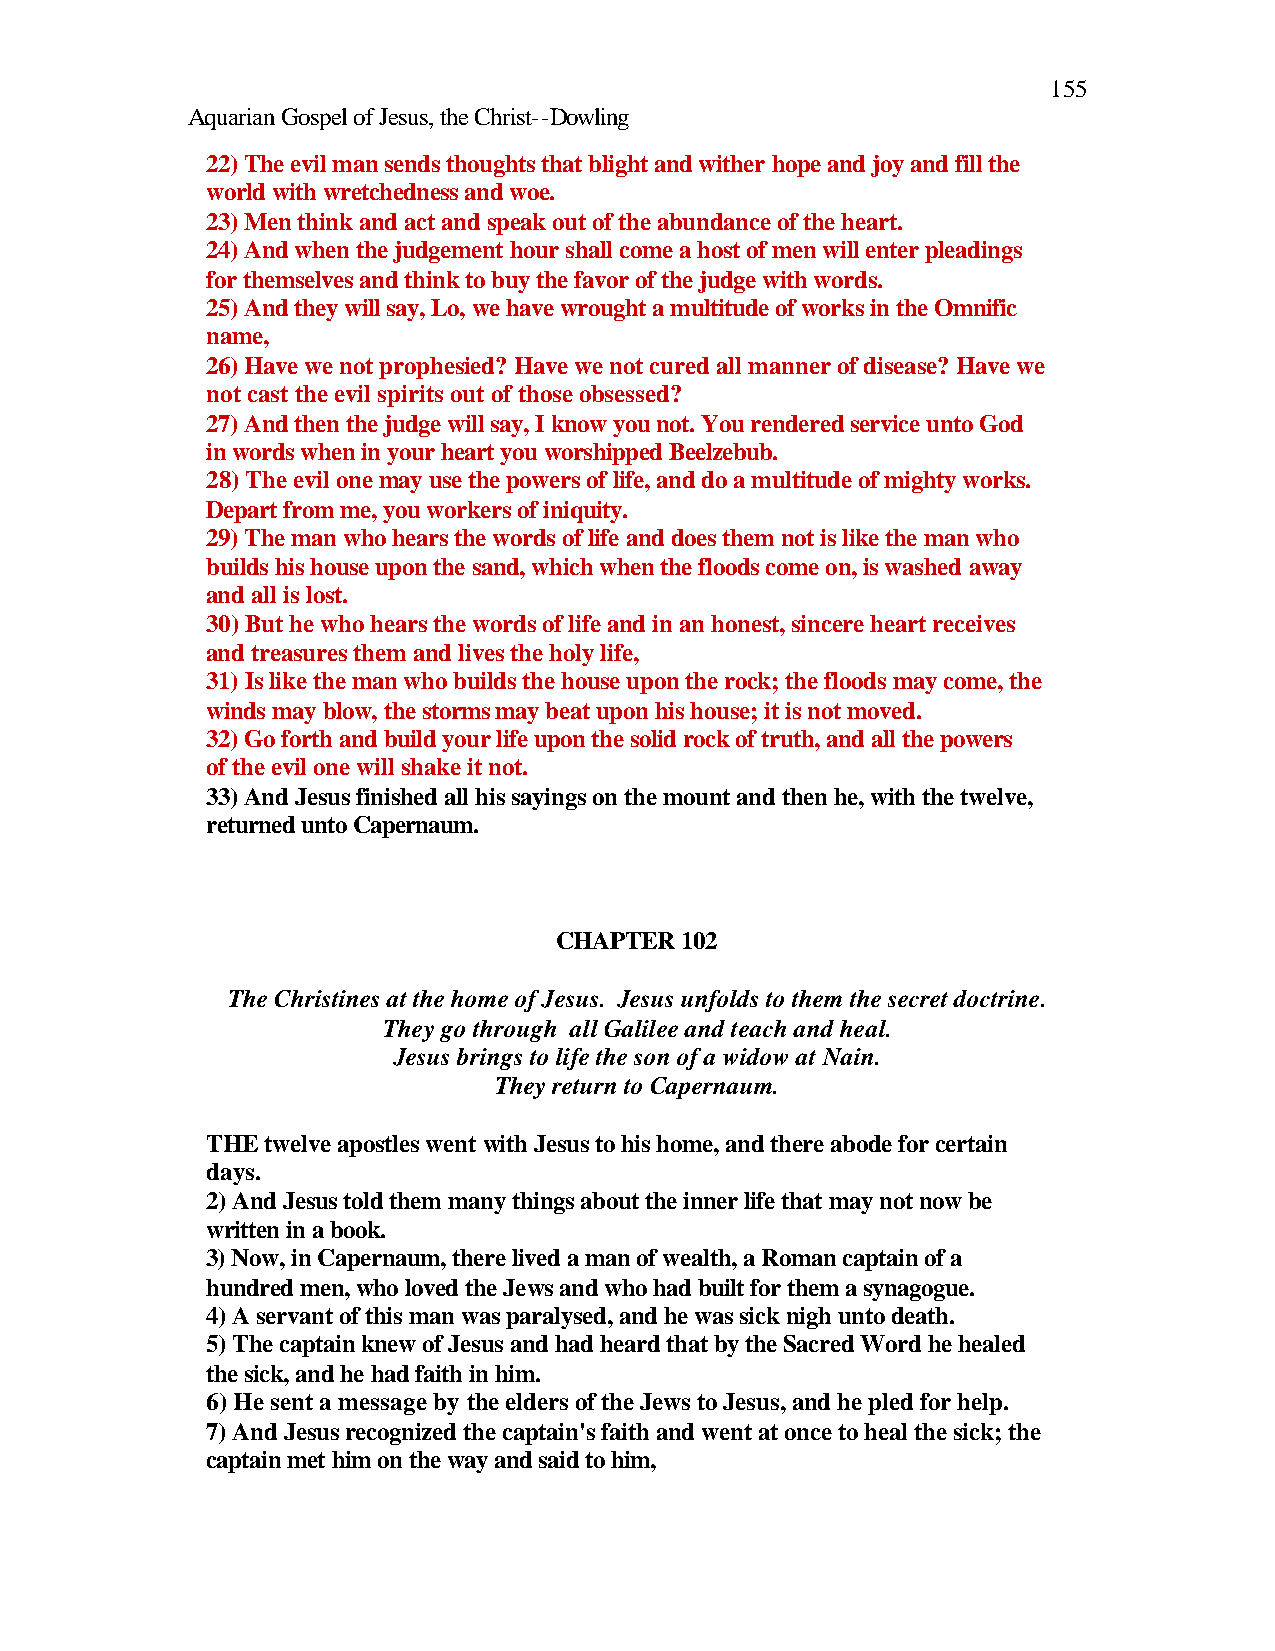
155
 Aquarian Gospel of Jesus, the Christ--Dowling
 22) The evil man sends thoughts that blight and wither hope and joy and fill the
 world with wretchedness and woe.
 23) Men think and act and speak out of the abundance of the heart.
 24) And when the judgement hour shall come a host of men will enter pleadings
 for themselves and think to buy the favor of the judge with words.
 25) And they will say, Lo, we have wrought a multitude of works in the Omnific
 name,
 26) Have we not prophesied? Have we not cured all manner of disease? Have we
 not cast the evil spirits out of those obsessed?
 27) And then the judge will say, I know you not. You rendered service unto God
 in words when in your heart you worshipped Beelzebub.
 28) The evil one may use the powers of life, and do a multitude of mighty works.
 Depart from me, you workers of iniquity.
 29) The man who hears the words of life and does them not is like the man who
 builds his house upon the sand, which when the floods come on, is washed away
 and all is lost.
 30) But he who hears the words of life and in an honest, sincere heart receives
 and treasures them and lives the holy life,
 31) Is like the man who builds the house upon the rock; the floods may come, the
 winds may blow, the storms may beat upon his house; it is not moved.
 32) Go forth and build your life upon the solid rock of truth, and all the powers
 of the evil one will shake it not.
 33) And Jesus finished all his sayings on the mount and then he, with the twelve,
 returned unto Capernaum.
 CHAPTER 102
 The Christines at the home of Jesus. Jesus unfolds to them the secret doctrine.
 They go through all Galilee and teach and heal.
 Jesus brings to life the son of a widow at Nain.
 They return to Capernaum.
 THE twelve apostles went with Jesus to his home, and there abode for certain
 days.
 2) And Jesus told them many things about the inner life that may not now be
 written in a book.
 3) Now, in Capernaum, there lived a man of wealth, a Roman captain of a
 hundred men, who loved the Jews and who had built for them a synagogue.
 4) A servant of this man was paralysed, and he was sick nigh unto death.
 5) The captain knew of Jesus and had heard that by the Sacred Word he healed
 the sick, and he had faith in him.
 6) He sent a message by the elders of the Jews to Jesus, and he pled for help.
 7) And Jesus recognized the captain's faith and went at once to heal the sick; the
 captain met him on the way and said to him,